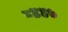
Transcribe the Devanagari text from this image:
८४४७